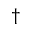
^ { \dagger }